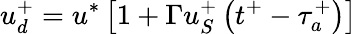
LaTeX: u_{d}^{+}=u^{*}\left[1+\Gamma u_{S}^{+}\left(t^{+}-\tau_{a}^{+}\right)\right]